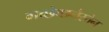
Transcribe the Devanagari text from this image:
गच्छेच्छनैस्तेन